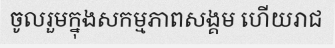
ចូលរួមក្នុងសកម្មភាពសង្គម ហើយរាជ